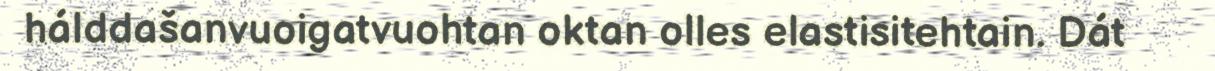
hálddašanvuoigatvuohtan oktan olles elastisitehtain. Dát